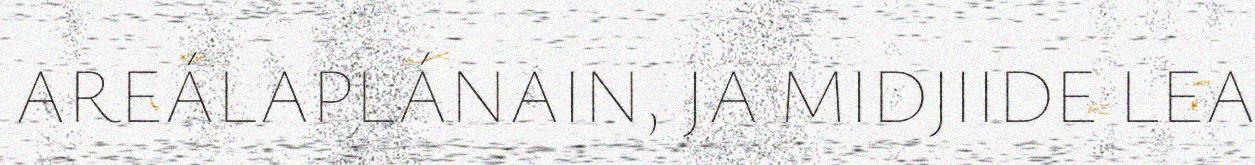
AREÁLAPLÁNAIN, JA MIDJIIDE LEA